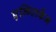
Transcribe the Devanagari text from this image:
एन्ग्लिकेंन